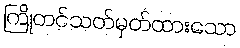
ကြိုတင်သတ်မှတ်ထားသော